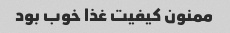
ممنون کیفیت غذا خوب بود